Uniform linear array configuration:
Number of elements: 12
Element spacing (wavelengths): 0.25
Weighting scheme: exponential
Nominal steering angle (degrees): -45
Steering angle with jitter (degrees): -46.248
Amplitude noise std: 0.05
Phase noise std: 0.05

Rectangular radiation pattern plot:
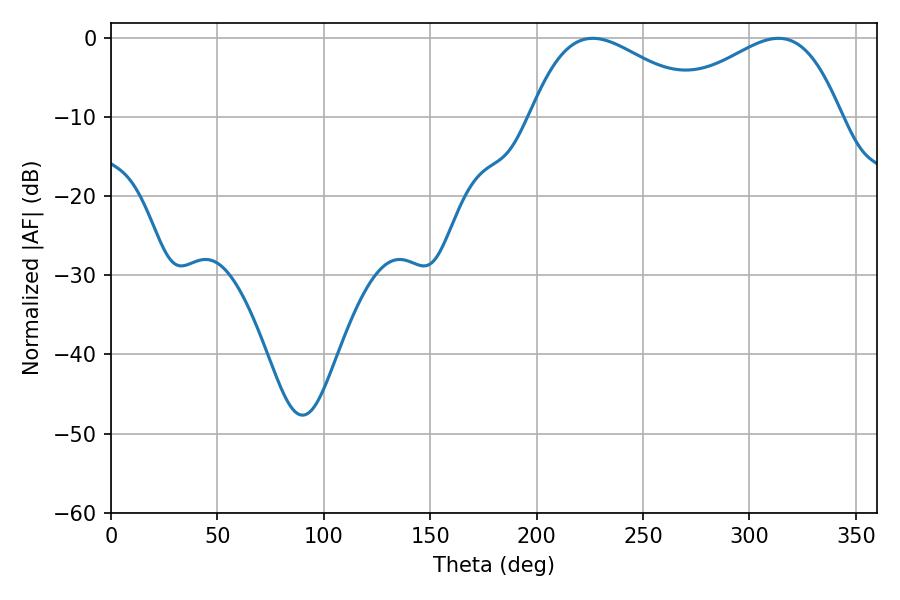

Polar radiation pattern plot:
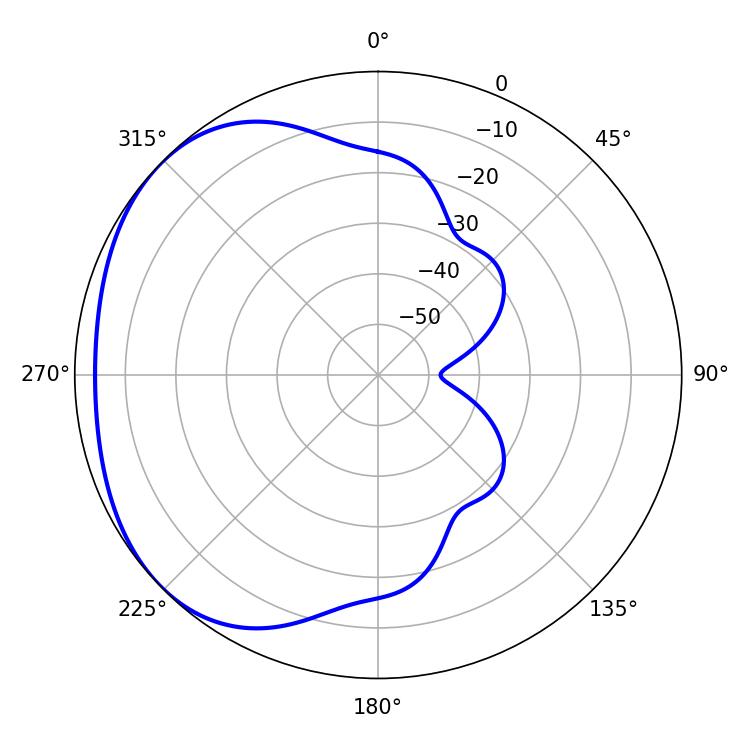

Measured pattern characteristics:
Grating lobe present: FALSE
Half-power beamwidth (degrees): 45
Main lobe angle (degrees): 226.44